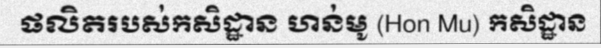
ផលិតរបស់កសិដ្ឋាន ហន់មូ (Hon Mu) កសិដ្ឋាន